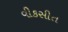
વીકસીત